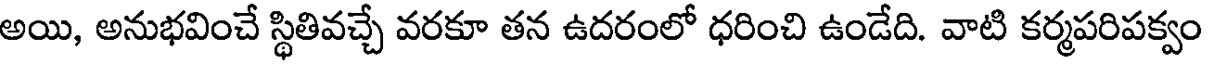
అయి, అనుభవించే స్థితివచ్చే వరకూ తన ఉదరంలో ధరించి ఉండేది. వాటి కర్మపరిపక్వం